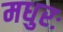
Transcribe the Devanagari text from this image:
मधुरः